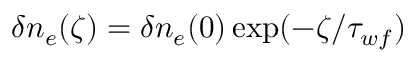
\delta n _ { e } ( \zeta ) = \delta n _ { e } ( 0 ) \exp ( - \zeta / \tau _ { w f } )